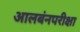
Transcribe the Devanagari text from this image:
आलबंनपरीक्षा